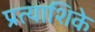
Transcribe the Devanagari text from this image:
प्रत्याशिके